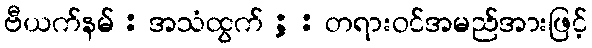
ဗီယက်နမ် : အသံထွက် ; : တရားဝင်အမည်အားဖြင့်